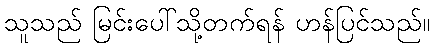
သူသည် မြင်းပေါ်သို့တက်ရန် ဟန်ပြင်သည်။